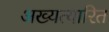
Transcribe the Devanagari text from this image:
अख्यत्यारित